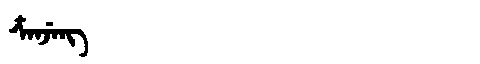
Manchu: ᡮᠠᠨᠵᡝᠩ
Romanization: TSANJENG